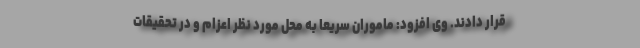
قرار دادند. وی افزود: ماموران سریعا به محل مورد نظر اعزام و در تحقیقات